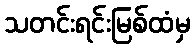
သတင်းရင်းမြစ်ထံမှ